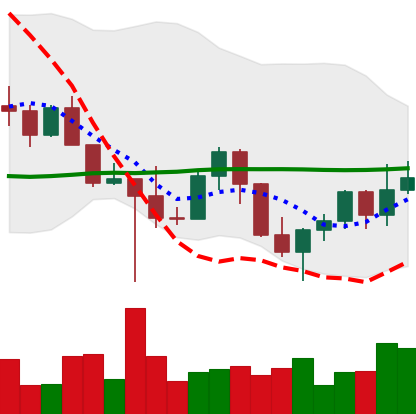
Ticker: LINK-USD
Chart end date: 2022-10-26
Forward return: 9.828%
Label: up_7plus